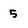
Character: 5